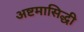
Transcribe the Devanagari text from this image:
अष्टमासिद्धी